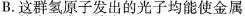
B.这群氢原子发出的光子均能使金属